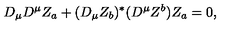
D _ { \mu } D ^ { \mu } Z _ { a } + ( D _ { \mu } Z _ { b } ) ^ { * } ( D ^ { \mu } Z ^ { b } ) Z _ { a } = 0 ,